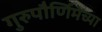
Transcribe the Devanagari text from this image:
गुरुपौर्णिमेच्या